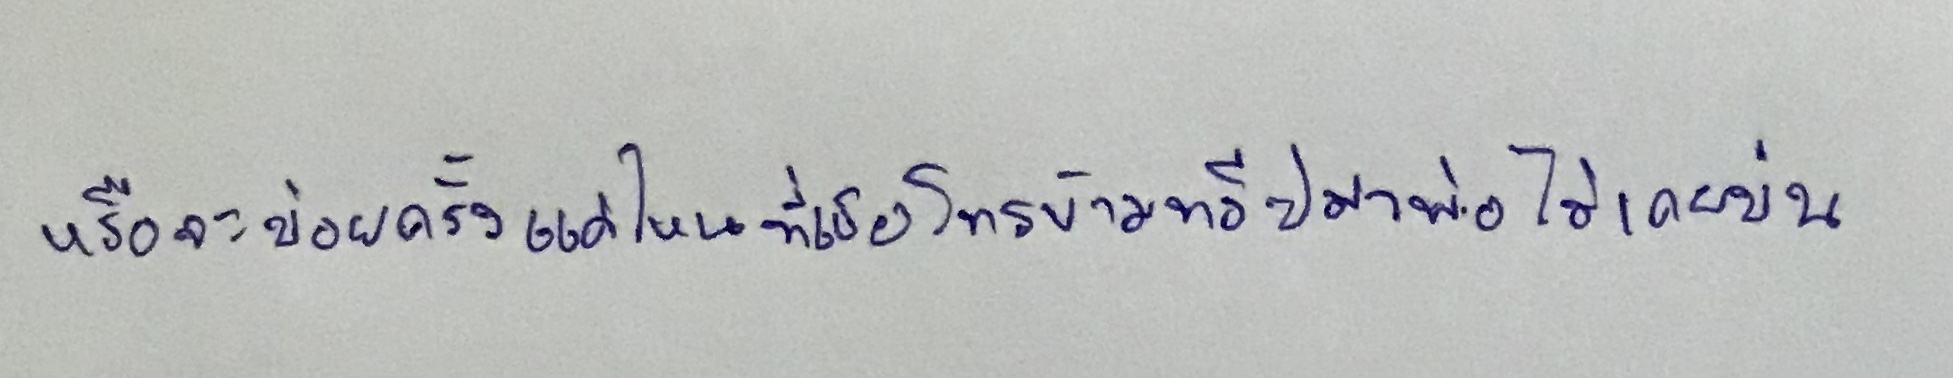
หรือจะบ่อยครั้งแค่ไหนที่เธอโทรข้ามทวีปมาพ่อไม่เคยบ่น